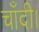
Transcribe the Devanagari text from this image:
चाँदी।